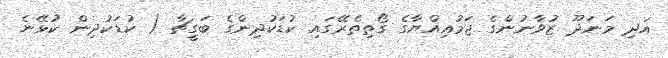
އަދި މަނަދޫ ޒުވާނުންގެ ޖަމުޢިއްޔާގެ ގޯތިތެރޭގައި ކުޑަކުދިންގެ ބަގީޗާ ( ކުޑަކުދިން ކުޅޭނެ